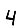
Digit: 4